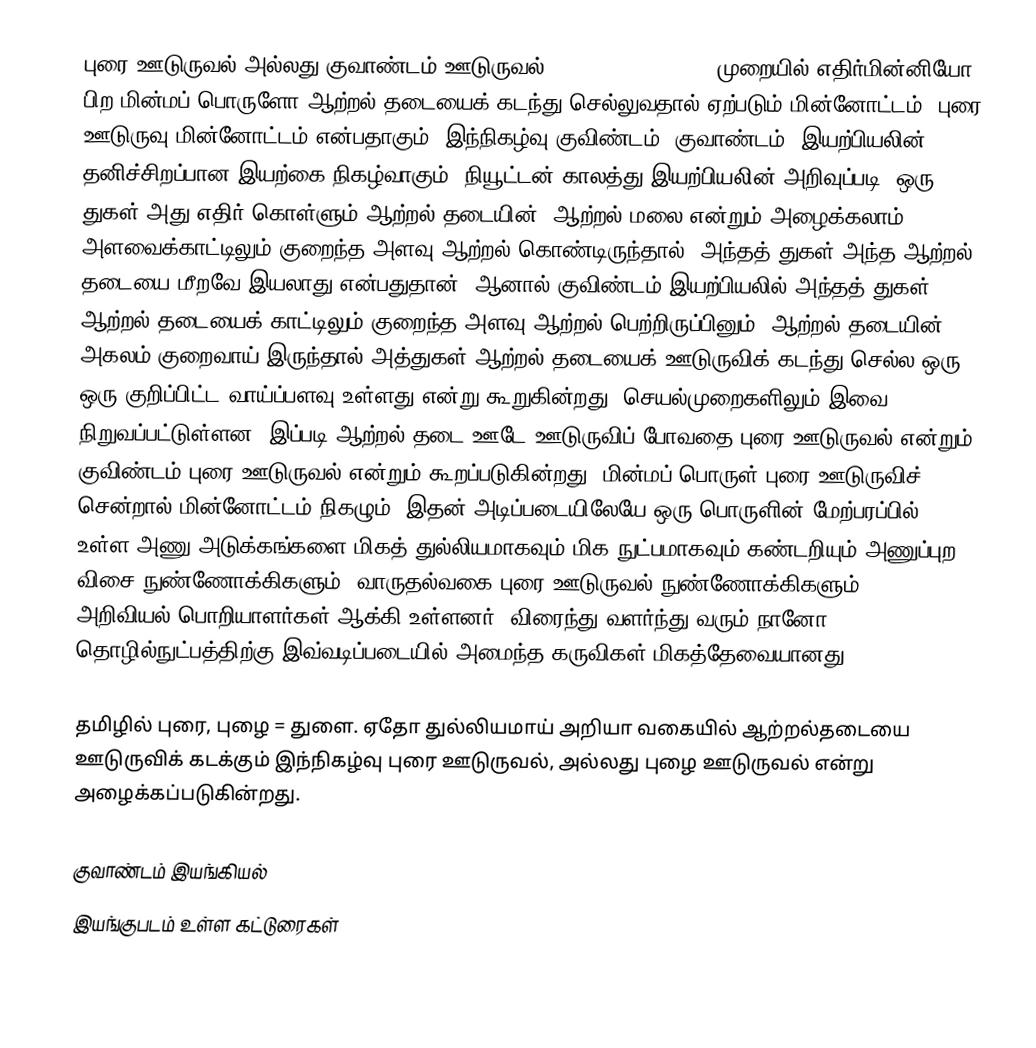
புரை ஊடுருவல் அல்லது குவாண்டம் ஊடுருவல் (Quantum Tunneling) முறையில் எதிர்மின்னியோ பிற மின்மப் பொருளோ ஆற்றல் தடையைக் கடந்து செல்லுவதால் ஏற்படும் மின்னோட்டம், புரை ஊடுருவு மின்னோட்டம் என்பதாகும். இந்நிகழ்வு குவிண்டம் (குவாண்டம்) இயற்பியலின் தனிச்சிறப்பான இயற்கை நிகழ்வாகும். நியூட்டன் காலத்து இயற்பியலின் அறிவுப்படி, ஒரு துகள் அது எதிர் கொள்ளும் ஆற்றல் தடையின் (ஆற்றல் மலை என்றும் அழைக்கலாம்) அளவைக்காட்டிலும் குறைந்த அளவு ஆற்றல் கொண்டிருந்தால், அந்தத் துகள் அந்த ஆற்றல் தடையை மீறவே இயலாது என்பதுதான். ஆனால் குவிண்டம் இயற்பியலில் அந்தத் துகள் ஆற்றல் தடையைக் காட்டிலும் குறைந்த அளவு ஆற்றல் பெற்றிருப்பினும், ஆற்றல் தடையின் அகலம் குறைவாய் இருந்தால் அத்துகள் ஆற்றல் தடையைக் ஊடுருவிக் கடந்து செல்ல ஒரு ஒரு குறிப்பிட்ட வாய்ப்பளவு உள்ளது என்று கூறுகின்றது. செயல்முறைகளிலும் இவை நிறுவப்பட்டுள்ளன. இப்படி ஆற்றல் தடை ஊடே ஊடுருவிப் போவதை புரை ஊடுருவல் என்றும் குவிண்டம் புரை ஊடுருவல் என்றும் கூறப்படுகின்றது. மின்மப் பொருள் புரை ஊடுருவிச் சென்றால் மின்னோட்டம் நிகழும். இதன் அடிப்படையிலேயே ஒரு பொருளின் மேற்பரப்பில் உள்ள அணு அடுக்கங்களை மிகத் துல்லியமாகவும் மிக நுட்பமாகவும் கண்டறியும் அணுப்புற விசை நுண்ணோக்கிகளும், வாருதல்வகை புரை ஊடுருவல் நுண்ணோக்கிகளும் அறிவியல்-பொறியாளர்கள் ஆக்கி உள்ளனர். விரைந்து வளர்ந்து வரும் நானோ தொழில்நுட்பத்திற்கு இவ்வடிப்படையில் அமைந்த கருவிகள் மிகத்தேவையானது.

தமிழில் புரை, புழை = துளை. ஏதோ துல்லியமாய் அறியா வகையில் ஆற்றல்தடையை ஊடுருவிக் கடக்கும் இந்நிகழ்வு புரை ஊடுருவல், அல்லது புழை ஊடுருவல் என்று அழைக்கப்படுகின்றது.

குவாண்டம் இயங்கியல்
இயங்குபடம் உள்ள கட்டுரைகள்